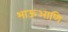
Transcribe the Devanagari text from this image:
भाऊआणि